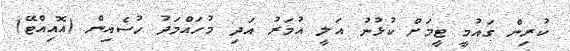
ކުރިން ގައުމީ ޓީމަށް ކުޅުނު އަލީ އުމަރު އަދި މުހައްމަދު ހުސެއިން (އޮއިއްޓޭ)